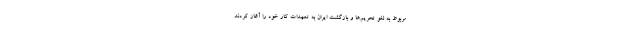
مربوط به لغو تحریم‌ها و بازگشت ایران به تعهدات کار خود را آغاز کردند